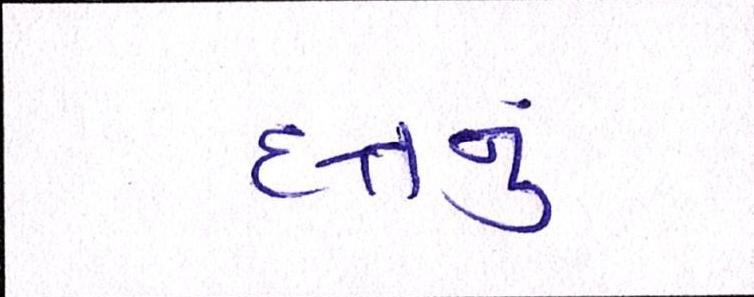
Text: દત્તનું